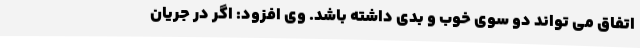
اتفاق می تواند دو سوی خوب و بدی داشته باشد. وی افزود: اگر در جریان